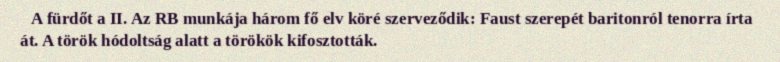
A fürdőt a II. Az RB munkája három fő elv köré szerveződik: Faust szerepét baritonról tenorra írta át. A török hódoltság alatt a törökök kifosztották.